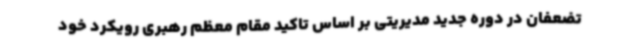
تضعفان در دوره جدید مدیریتی بر اساس تاکید مقام معظم رهبری رویکرد خود